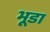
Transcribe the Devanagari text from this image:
भूडा